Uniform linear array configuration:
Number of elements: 24
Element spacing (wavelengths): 0.5
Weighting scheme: blackman
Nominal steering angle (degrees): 60
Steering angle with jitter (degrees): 59.902
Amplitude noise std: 0.05
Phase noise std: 0.05

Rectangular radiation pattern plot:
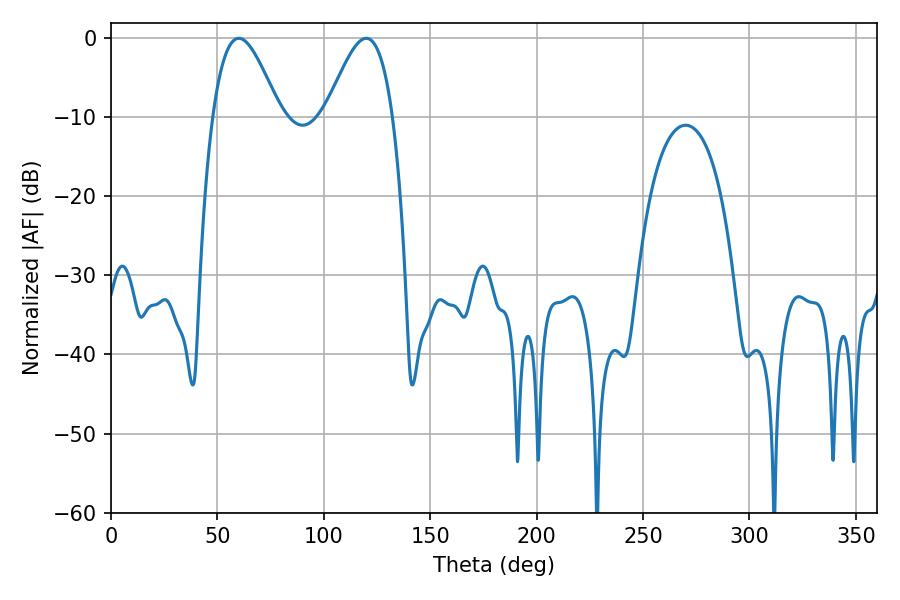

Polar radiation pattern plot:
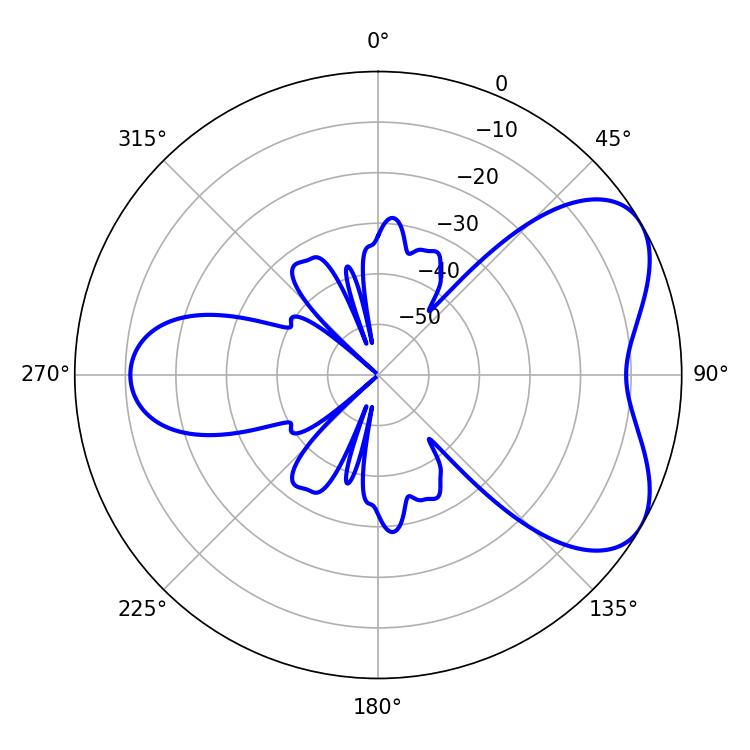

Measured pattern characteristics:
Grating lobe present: FALSE
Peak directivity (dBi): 5.523
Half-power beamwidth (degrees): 16.92
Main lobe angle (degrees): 60.12